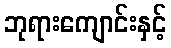
ဘုရားကျောင်းနှင့်